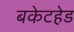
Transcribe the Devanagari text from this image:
बकेटहेड